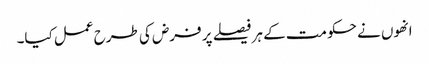
انھوں نے حکومت کے ہر فیصلے پر فرض کی طرح عمل کیا۔